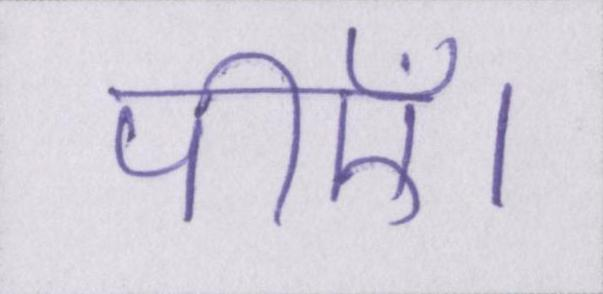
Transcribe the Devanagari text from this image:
पीएँ।